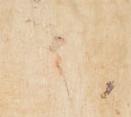
候